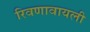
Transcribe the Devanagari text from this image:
रिवणावायली